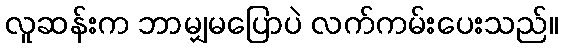
လူဆန်းက ဘာမျှမပြောပဲ လက်ကမ်းပေးသည်။